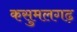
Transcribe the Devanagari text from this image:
कसुमलगढ़